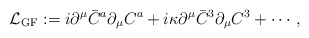
\begin{align*}{\cal L}_{\rm GF} :=i\partial^\mu\bar C^a\partial_\mu C^a +i\kappa\partial^\mu\bar C^3\partial_\mu C^3 +\cdots,\end{align*}